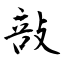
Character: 㪗